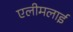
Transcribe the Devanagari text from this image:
एलीमलाई